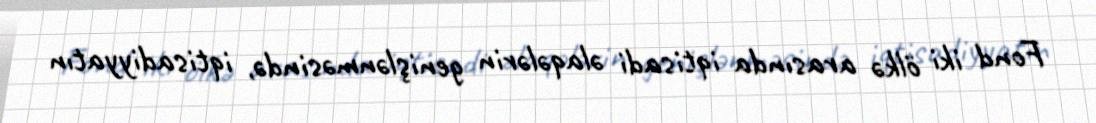
Fond iki ölkə arasında iqtisadi əlaqələrin genişlənməsində, iqtisadiyyatın